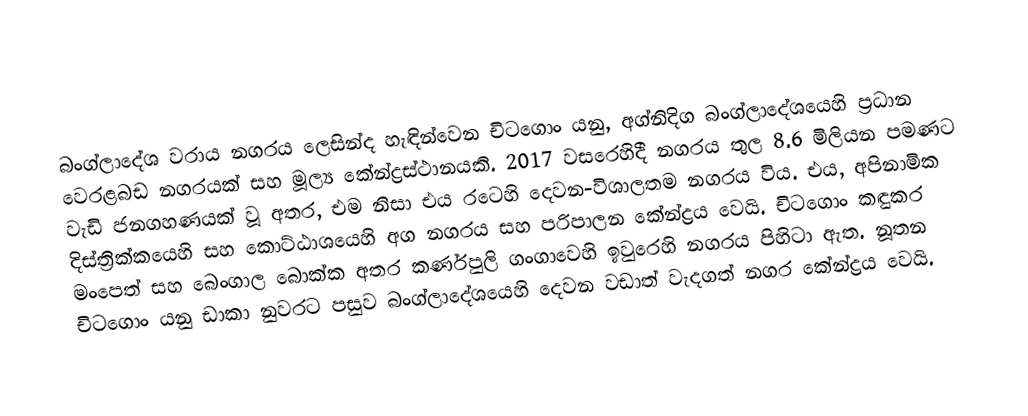
බංග්ලාදේශ වරාය නගරය ලෙසින්ද හැඳින්වෙන චිටගොං යනු, අග්නිදිග බංග්ලාදේශයෙහි ප්‍රධාන වෙරළබඩ නගරයක් සහ  මූල්‍ය කේන්ද්‍රස්ථානයකි. 2017 වසරෙහිදී නගරය තුල 8.6 මිලියන පමණට වැඩි ජනගහණයක් වූ අතර, එම නිසා එය රටෙහි දෙවන-විශාලතම නගරය විය. එය, අපිනාමික දිස්ත්‍රික්කයෙහි සහ කොට්ඨාශයෙහි අග නගරය සහ පරිපාලන කේන්ද්‍රය වෙයි. චිටගොං කඳුකර මංපෙත් සහ බෙංගාල බොක්ක  අතර  කර්ණපුලි ගංගාවෙහි ඉවුරෙහි  නගරය පිහිටා ඇත. නූතන චිටගොං යනු ඩාකා නුවරට පසුව බංග්ලාදේශයෙහි දෙවන වඩාත් වැදගත් නගර කේන්ද්‍රය වෙයි.